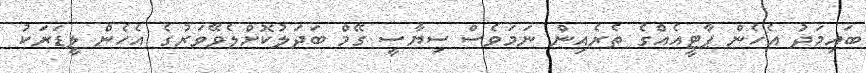
ބައިމަދު އެހެން ޕާޓީއެއްގެ ތެރެއިން ނަމަވެސް ސިޔާސީ ގޭމް ބަދަލުކޮށްލެވޭވަރުގެ އެހެން ލީޑަރަކު